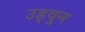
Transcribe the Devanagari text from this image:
उड्वुन